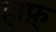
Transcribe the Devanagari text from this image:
हाफ़्